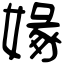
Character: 𡟼